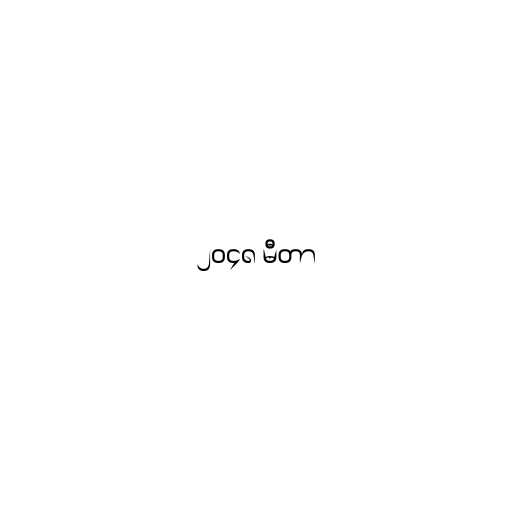
၂၀၄၈ မီတာ